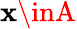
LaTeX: \mathbf{x}\inA